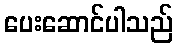
ပေးဆောင်ပါသည်